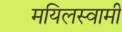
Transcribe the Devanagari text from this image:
मयिलस्वामी